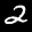
Label: 2